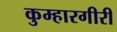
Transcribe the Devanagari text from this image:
कुम्हारगीरी